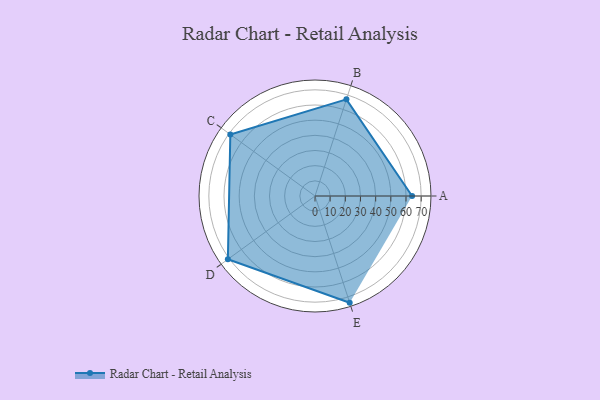
{"axis": {"x": "Skill", "y": "Score"}, "legend": ["Profile"], "data": [{"x": "A", "y": 64.0, "type": "Profile"}, {"x": "B", "y": 67.0, "type": "Profile"}, {"x": "C", "y": 69.0, "type": "Profile"}, {"x": "D", "y": 71.0, "type": "Profile"}, {"x": "E", "y": 74.0, "type": "Profile"}]}